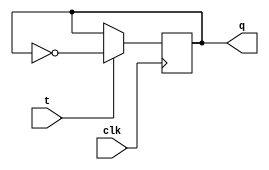
module t_flip_flop(
    input clk,
    input t,
    output reg q
);

always @(posedge clk) begin
    if(t) begin
        q <= ~q;
    end
end

endmodule